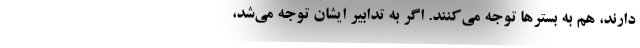
دارند، هم به بسترها توجه می‌کنند. اگر به تدابیر ایشان توجه می‌شد،